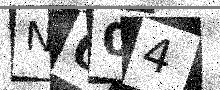
Text: N004